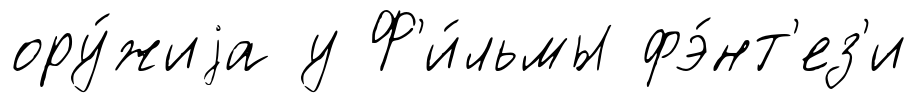
ору́жиjа у Ф'и́льмы фэ́нт'ез'и